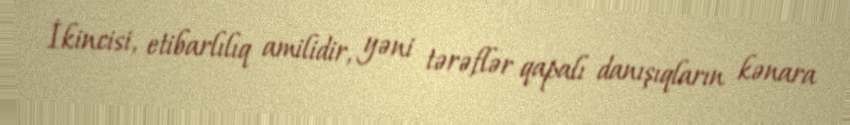
İkincisi, etibarlılıq amilidir, yəni tərəflər qapalı danışıqların kənara